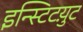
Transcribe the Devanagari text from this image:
इन्स्टिटय़ुट